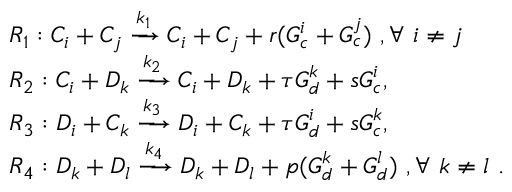
\begin{array} { r l } & { R _ { 1 } : C _ { i } + C _ { j } \xrightarrow { k _ { 1 } } C _ { i } + C _ { j } + r ( G _ { c } ^ { i } + G _ { c } ^ { j } ) ~ , \forall ~ i \ne j ~ } \\ & { R _ { 2 } : C _ { i } + D _ { k } \xrightarrow { k _ { 2 } } C _ { i } + D _ { k } + \tau G _ { d } ^ { k } + s G _ { c } ^ { i } , } \\ & { R _ { 3 } : D _ { i } + C _ { k } \xrightarrow { k _ { 3 } } D _ { i } + C _ { k } + \tau G _ { d } ^ { i } + s G _ { c } ^ { k } , } \\ & { R _ { 4 } : D _ { k } + D _ { l } \xrightarrow { k _ { 4 } } D _ { k } + D _ { l } + p ( G _ { d } ^ { k } + G _ { d } ^ { l } ) ~ , \forall ~ k \ne l ~ . } \end{array}